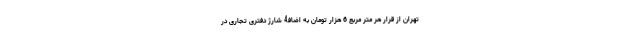
تهران از قرار هر متر مربع 6 هزار تومان به اضافۀ شارژ دفتری تجاری در